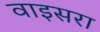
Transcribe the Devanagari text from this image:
वाइसरा